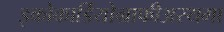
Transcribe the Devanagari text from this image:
इकोकार्डियोग्राफीअस्थमा